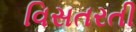
વિસતરતી